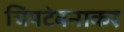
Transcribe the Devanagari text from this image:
चिपटेबनाकर